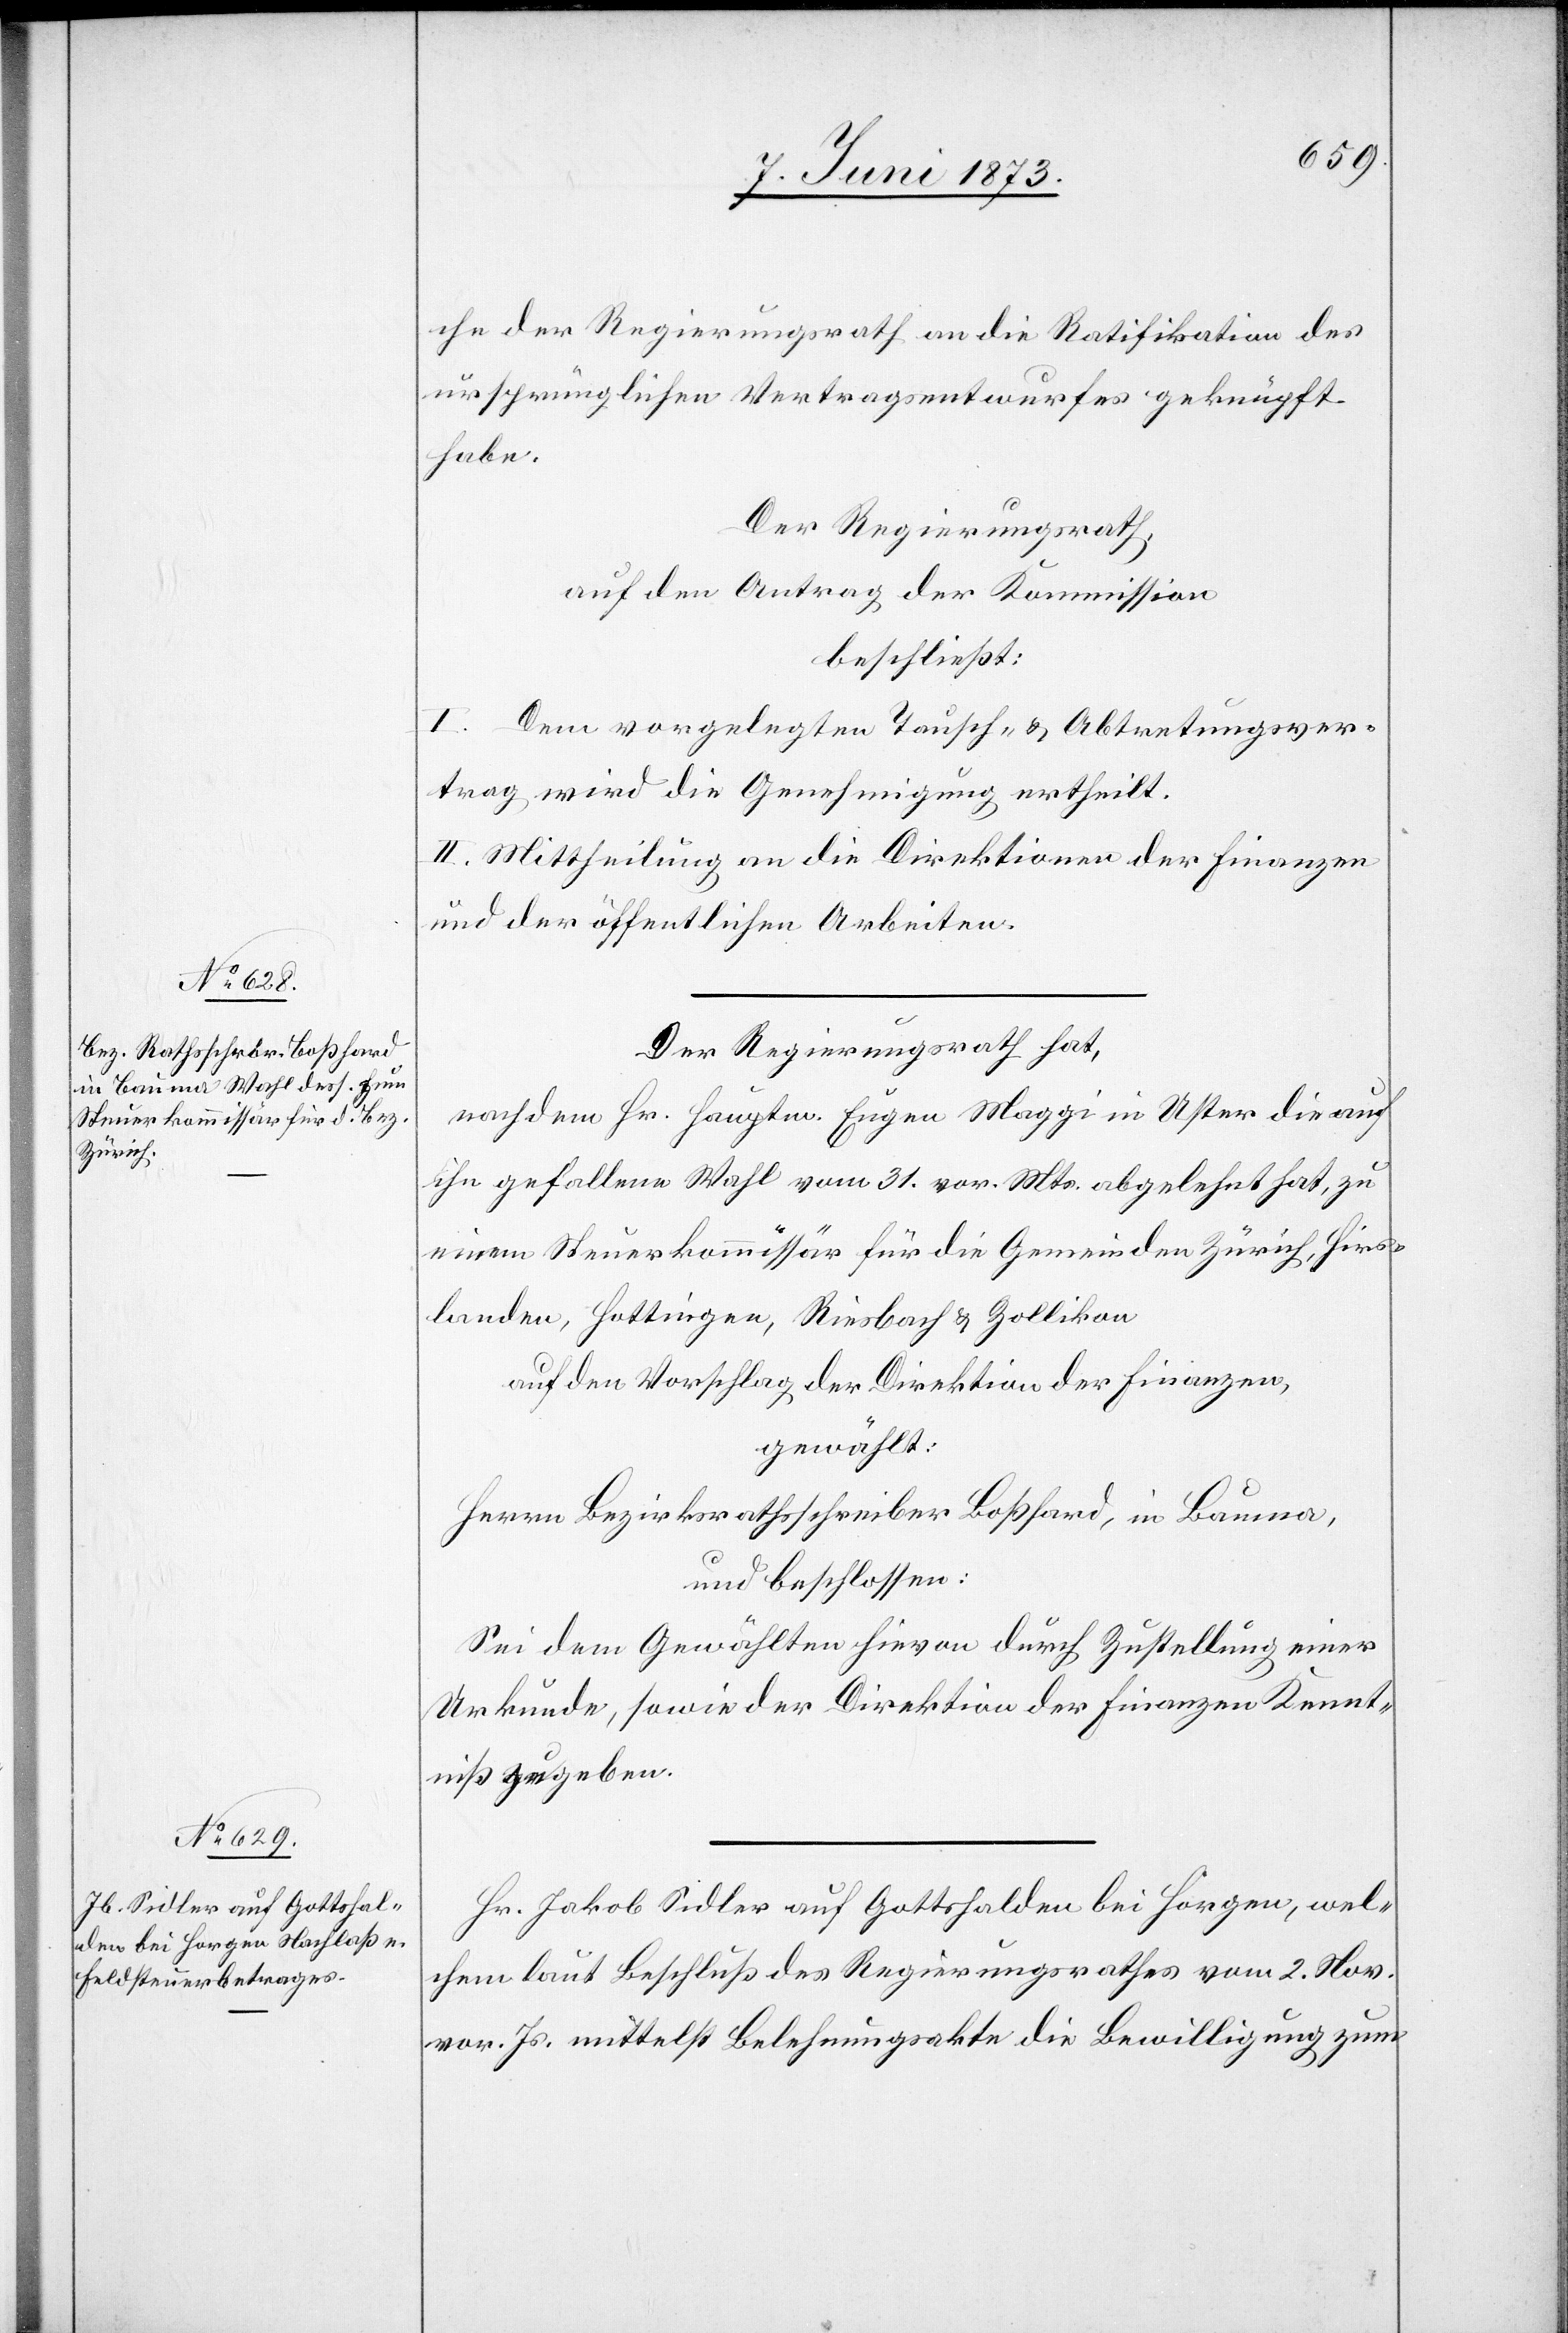
che der Regierungsrath an die Ratifikation des
ursprünglichen Vertragsentwurfes geknüpft
habe.
Der Regierungsrath,
auf den Antrag der Kommission
beschließt:
I. Dem vorgelegten Tausch- & Abtretungsver¬
trag wird die Genehmigung ertheilt.
II. Mittheilung an die Direktion der Finanzen
und der öffentlichen Arbeiten.
Der Regierungsrath hat,
nachdem Hr. Hauptm. Eugen Maggi in Uster die auf
ihn gefallene Wahl vom 31. vor. Mts. abgelehnt hat, zu
einem Steuerkommissär für die Gemeinden Zürich, Hirs¬
landen, Hottingen, Riesbach & Zollikon
auf den Vorschlag der Direktion der Finanzen,
gewählt:
Herrn Bezirksrathsschreiber Boßhard, in Bauma,
und beschlossen:
Sei dem Gewählten hievon durch Zustellung einer
Urkunde, sowie der Direktion der Finanzen Kennt¬
niß zu geben.
Hr. Jakob Sidler auf Gottshalden bei Horgen, wel¬
chem laut Beschluß des Regierungsrathes vom 2. Nov.
vor. Js. mittelst Belehnungsakte die Bewilligung zum